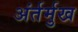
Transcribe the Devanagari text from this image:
अंर्तर्मुख